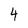
Character: 4